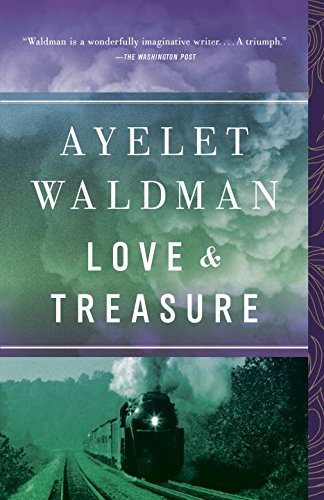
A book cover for Love and Treasure; Ayelet Waldman; Literature & Fiction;